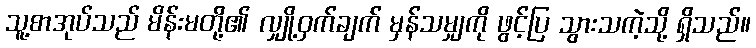
သူ့စာအုပ်သည် မိန်းမတို့၏ လျှို့ဝှက်ချက် မှန်သမျှကို ဖွင့်ပြ သွားသကဲ့သို့ ရှိသည်။